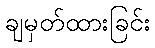
ချမှတ်ထားခြင်း